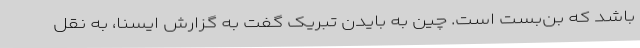
باشد که بن‌بست است. چین به بایدن تبریک گفت به گزارش ایسنا، به نقل